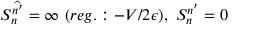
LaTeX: S _ { n } ^ { \widehat { n ^ { \prime } } } = \infty \ ( r e g . : - V / 2 \epsilon ) , \ S _ { n } ^ { n ^ { \prime } } = 0